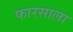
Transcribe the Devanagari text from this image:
फारसाला